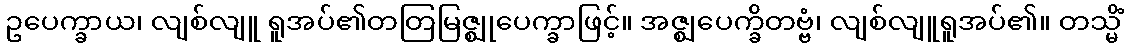
ဥပေက္ခာယ၊ လျစ်လျူ ရူအပ်၏တတြမြဇ္ဈုပေက္ခာဖြင့်။ အဇ္ဈပေက္ခိတဗ္ဗံ၊ လျစ်လျူရူအပ်၏။ တသ္မိံ